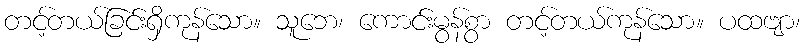
တင့်တယ်ခြင်းရှိကုန်သော။ သူဘေ၊ ကောင်းမွန်စွာ တင့်တယ်ကုန်သော။ ပထဗျာ၊